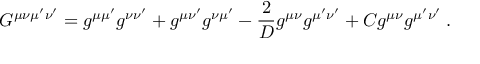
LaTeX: G ^ { \mu \nu \mu ^ { \prime } \nu ^ { \prime } } = g ^ { \mu \mu ^ { \prime } } g ^ { \nu \nu ^ { \prime } } + g ^ { \mu \nu ^ { \prime } } g ^ { \nu \mu ^ { \prime } } - { \frac { 2 } { D } } g ^ { \mu \nu } g ^ { \mu ^ { \prime } \nu ^ { \prime } } + C g ^ { \mu \nu } g ^ { \mu ^ { \prime } \nu ^ { \prime } } \: .